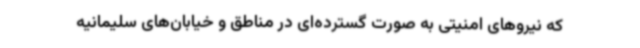
که نیروهای امنیتی به صورت گسترده‌ای در مناطق و خیابان‌های سلیمانیه